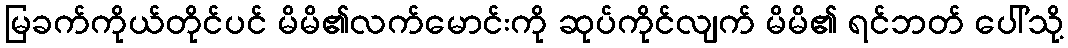
မြခက်ကိုယ်တိုင်ပင် မိမိ၏လက်မောင်းကို ဆုပ်ကိုင်လျက် မိမိ၏ ရင်ဘတ် ပေါ်သို့